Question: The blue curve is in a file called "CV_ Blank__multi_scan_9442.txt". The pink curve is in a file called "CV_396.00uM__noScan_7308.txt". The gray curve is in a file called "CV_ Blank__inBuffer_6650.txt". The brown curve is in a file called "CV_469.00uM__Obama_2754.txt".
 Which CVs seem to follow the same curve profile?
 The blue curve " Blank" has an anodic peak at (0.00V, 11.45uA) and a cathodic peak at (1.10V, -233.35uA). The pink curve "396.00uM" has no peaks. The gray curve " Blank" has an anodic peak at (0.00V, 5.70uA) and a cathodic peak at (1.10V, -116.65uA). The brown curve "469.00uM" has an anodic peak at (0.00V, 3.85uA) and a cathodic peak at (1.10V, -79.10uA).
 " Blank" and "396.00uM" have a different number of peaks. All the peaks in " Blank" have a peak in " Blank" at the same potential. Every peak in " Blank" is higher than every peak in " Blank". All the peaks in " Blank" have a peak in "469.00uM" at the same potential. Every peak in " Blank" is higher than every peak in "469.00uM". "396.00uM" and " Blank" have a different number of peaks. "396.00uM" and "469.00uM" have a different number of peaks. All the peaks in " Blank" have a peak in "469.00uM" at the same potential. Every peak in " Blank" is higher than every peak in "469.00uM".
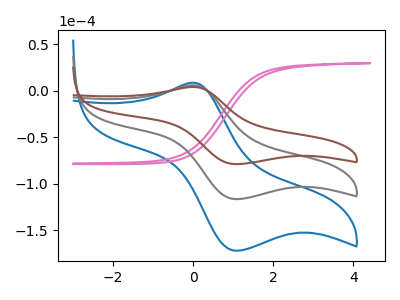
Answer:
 <answer>"469.00uM", " Blank" and " Blank" have the same shape and are likely CV's of the same chemical.</answer>
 <eval>"469.00uM" " Blank" " Blank"</eval>